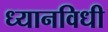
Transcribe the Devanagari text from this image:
ध्यानविधी